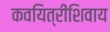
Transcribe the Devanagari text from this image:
कवयित्रींशिवाय